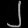
Digit: ၂